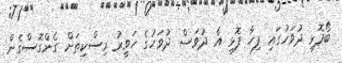
ބޯފޮޅި ދުވަހުގައި ފިހާ ފޮޅި އެ ދުވަސް ދުވަހުގެ ހަވީރު މިސްކިތަށް ގެންގޮސްގެން